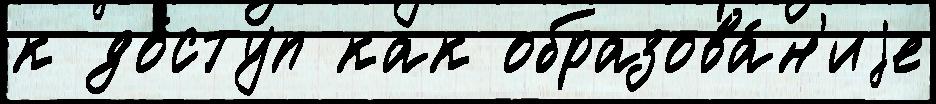
к до́ступ как образова́н'иjе